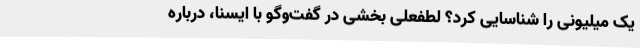
یک میلیونی را شناسایی کرد؟ لطفعلی بخشی در گفت‌وگو با ایسنا، درباره